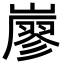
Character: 𡽐